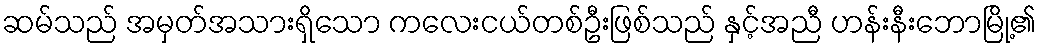
ဆမ်သည် အမှတ်အသားရှိသော ကလေးငယ်တစ်ဦးဖြစ်သည် နှင့်အညီ ဟန်းနီးဘောမြို့၏